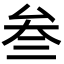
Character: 叁